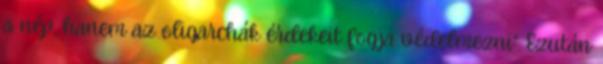
a nép, hanem az oligarchák érdekeit fogja védelmezni”. Ezután